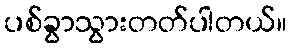
ပစ်ခွာသွားတတ်ပါတယ်။